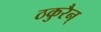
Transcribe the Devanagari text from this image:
ठकुरैन्